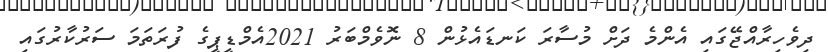
ދިވެހިރާއްޖޭގައި އެންމެ ދަށް މުސާރަ ކަނޑައެޅުން 8 ނޮވެމްބަރު 2021އެމްޑީޕީގެ ފުރަތަމަ ސަރުކާރުގައި